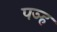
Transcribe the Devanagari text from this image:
पञ्ह